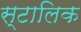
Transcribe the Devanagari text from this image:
स्टालिक